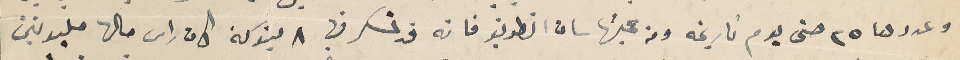
وعددها ٢٥ حتى يوم تاريخه ومن جملتها سان انطونيو فانه قد تسكر فيها ٨ بنوكة كان راس مالها مليونين